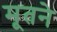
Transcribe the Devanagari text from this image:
मूतने